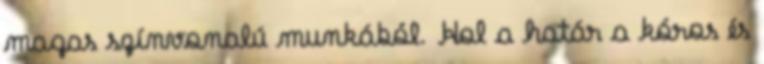
magas színvonalú munkából. Hol a határ a kóros és